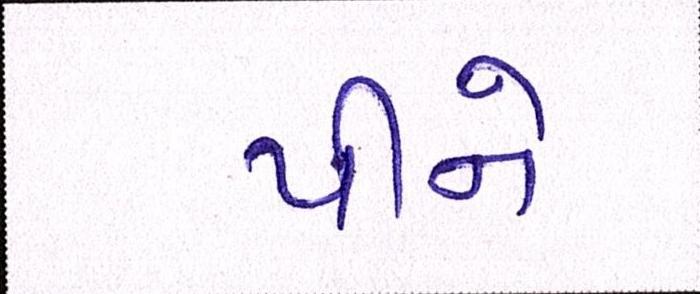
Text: પીને